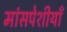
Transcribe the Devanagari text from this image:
मांसपेशीयाँ